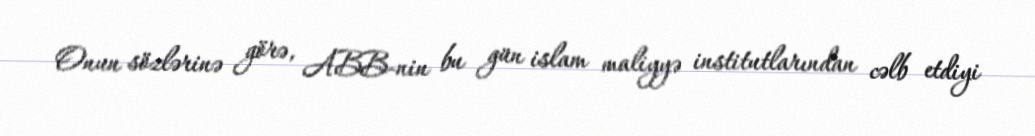
Onun sözlərinə görə, ABB-nin bu gün islam maliyyə institutlarından cəlb etdiyi